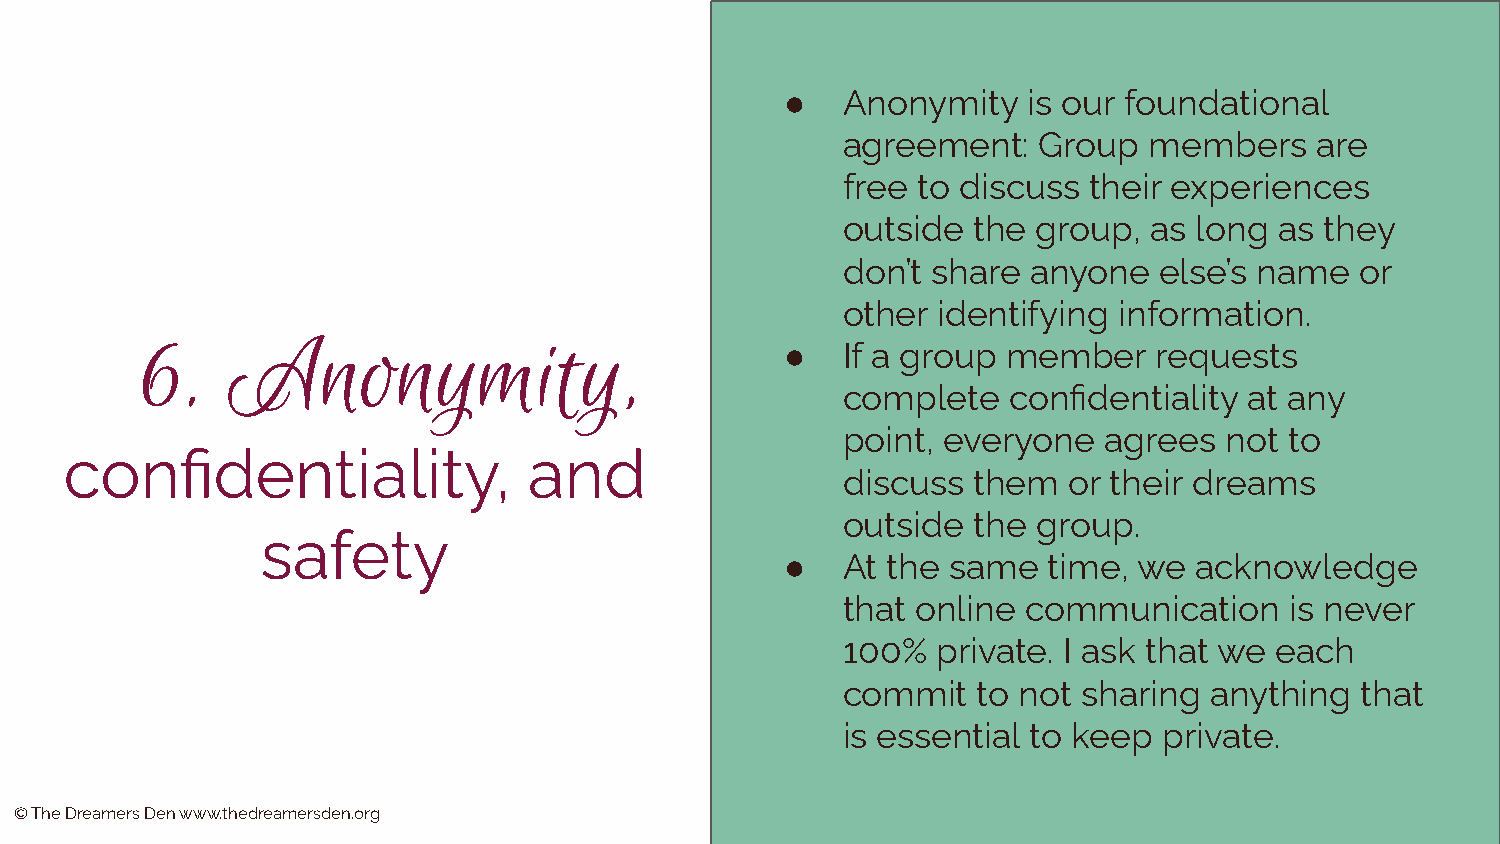
●   Anonymity   is our foundational
 agreement:   Group  members    are
 free to discuss their experiences
 outside the  group, as long  as they
 don’t share anyone   else’s name  or
 other identifying information.
 6.    Anonymity,                           ●   If a group member    requests
 complete   confidentiality at any
 point, everyone  agrees  not to
 confidentiality,               and
 discuss them   or their dreams
 outside the  group.
 safety
 ●   At the same  time, we  acknowledge
 that online communication    is never
 100%  private. I ask that we each
 commit   to not sharing anything  that
 is essential to keep private.
 © The Dreamers Den www.thedreamersden.org